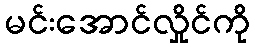
မင်းအောင်လှိုင်ကို